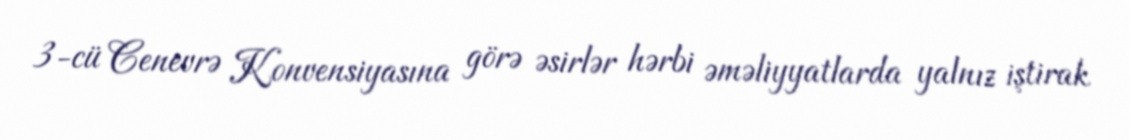
3-cü Cenevrə Konvensiyasına görə əsirlər hərbi əməliyyatlarda yalnız iştirak